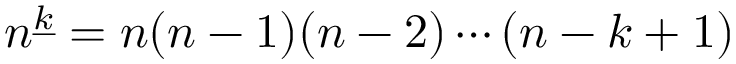
n ^ { \underline { { k } } } = n ( n - 1 ) ( n - 2 ) \cdots ( n - k + 1 )